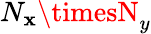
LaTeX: N_{\mathbf{x}}\timesN_{y}